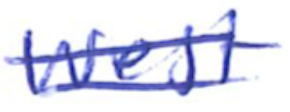
Text: West
Cross-out: double-line
Writing tool: ballpoint